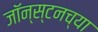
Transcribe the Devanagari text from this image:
जॉन्स्टनच्या